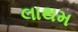
લાથમ